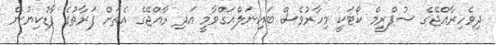
ދިވެހިރާއްޖޭގެ ސުޕްރީމް ކޯޓަކީ މިހާރުވެސް ބައިނަލްއަގްވާމީ އަދި ރާއްޖޭގެ އެތަށް ފަރާތުގެ ފާޑުކިޔުން